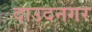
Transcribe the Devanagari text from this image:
दाउदनगर